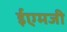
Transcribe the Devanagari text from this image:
ईएमजी